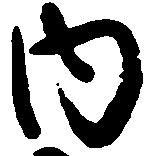
内